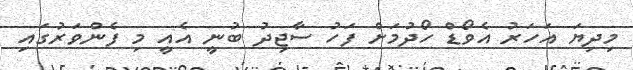
މިދިޔަ އަހަރު އެވޯޑް ހޯދުމަށް ފަހު ސާޖިދު ބުނީ އެއީ މި ފެންވަރުގައި